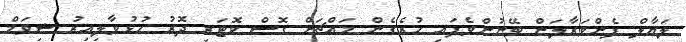
ލަޔާލް ފެންވަރާލަން ބޭނުންވެފައި ހުރެގެން މައްޗަށް ގޮސް ކޮޓަރި ދޮރު ހުޅުވާލިއިރު ޝިވަމް